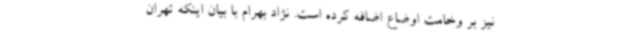
نیز بر وخامت اوضاع اضافه کرده است. نژاد بهرام با بیان اینکه تهران